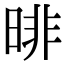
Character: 㫵